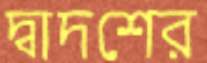
দ্বাদশের